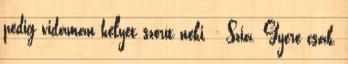
pedig vidáman helyet szorít neki. - Szia. Gyere csak,